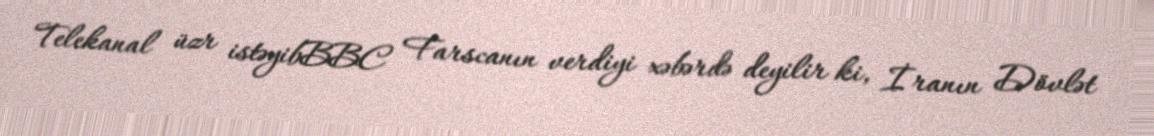
Telekanal üzr istəyibBBC Farscanın verdiyi xəbərdə deyilir ki, İranın Dövlət